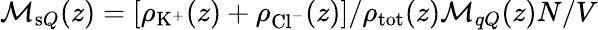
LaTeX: \mathcal{M}_{\mathrm{s}Q}(z)=[\rho_{\mathrm{K}^{+}}(z)+\rho_{\mathrm{Cl}^{-}}(z)]/\rho_{\mathrm{tot}}(z)\mathcal{M}_{qQ}(z)N/V